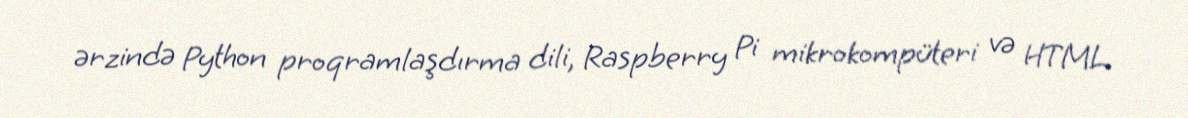
ərzində Python proqramlaşdırma dili, Raspberry Pi mikrokompüteri və HTML